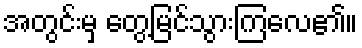
အတွင်းမှ တွေ့မြင်သွားကြလေ၏။